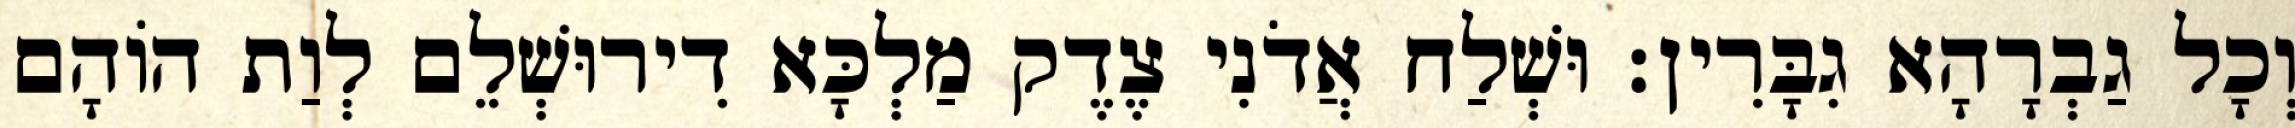
וְכָל גַבְרָהָא גִבָּרִין׃ וּשְׁלַח אֲדֹנִי צֶדֶק מַלְכָּא דִירוּשְׁלֵם לְוַת הוֹהָם